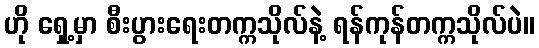
ဟို ရှေ့မှာ စီးပွားရေးတက္ကသိုလ်နဲ့ ရန်ကုန်တက္ကသိုလ်ပဲ။